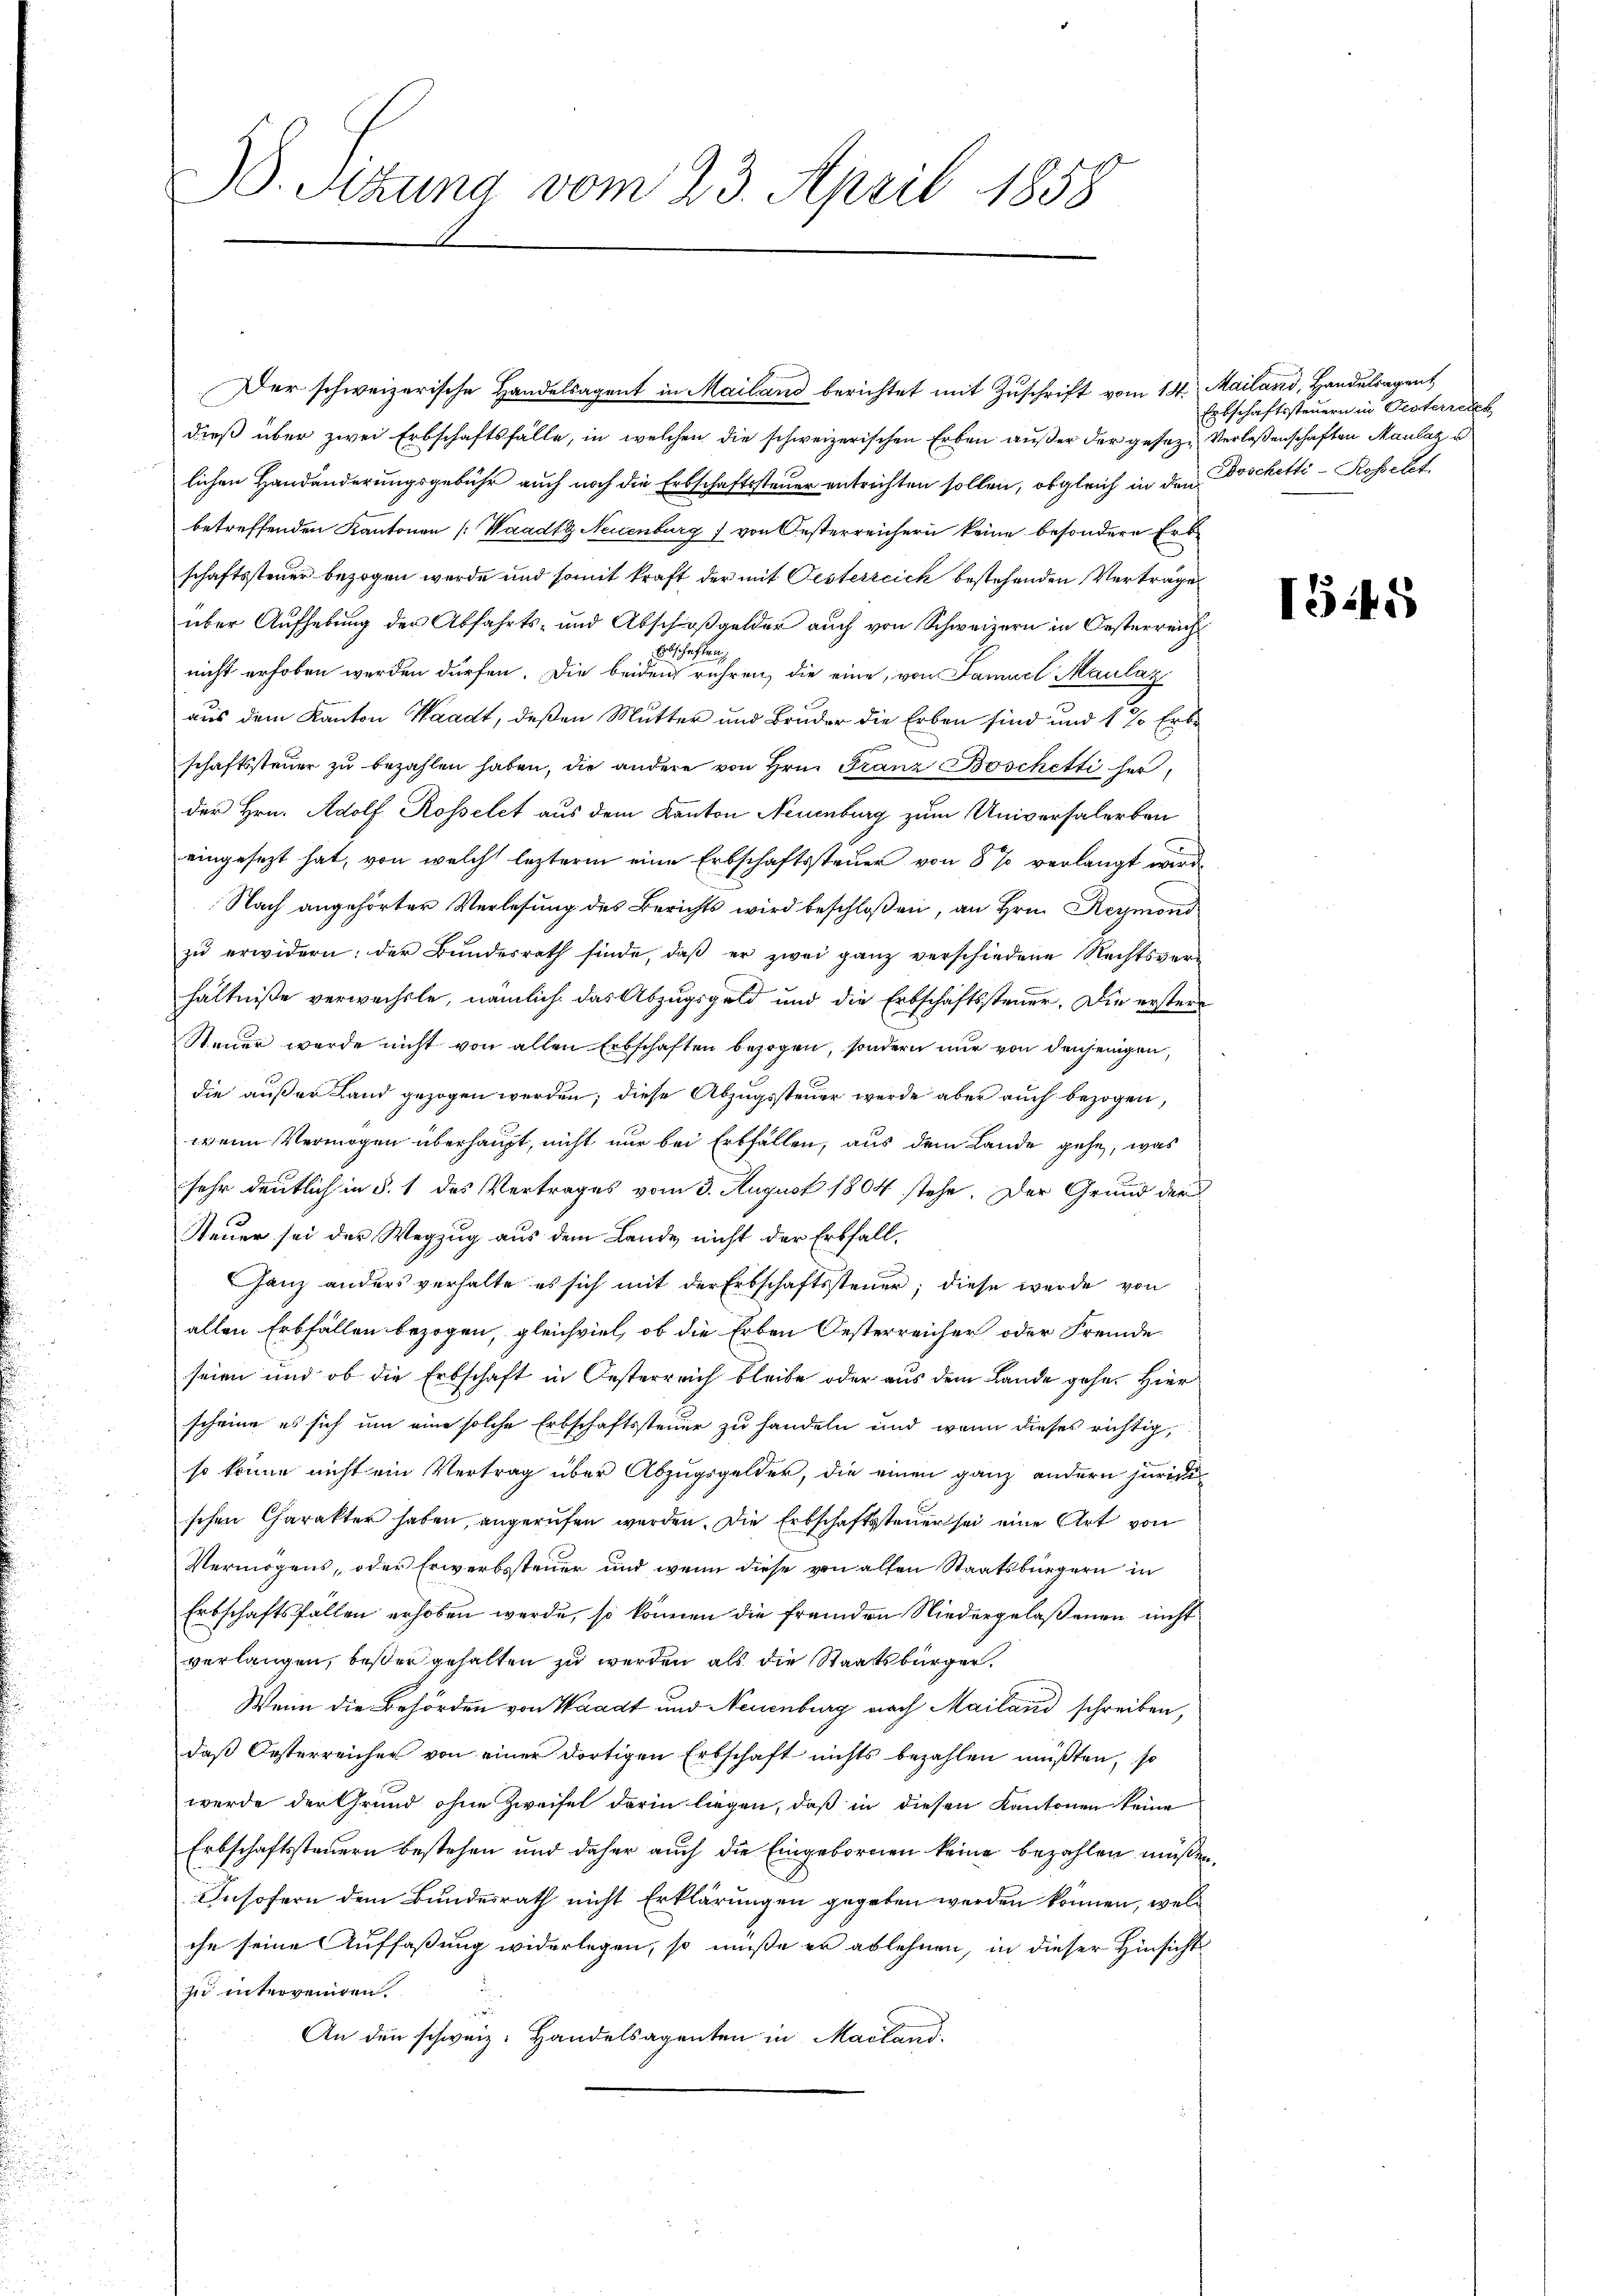
38. Sitzung vom 23. April 1858

Der schweizerische Handelsagent in Mailand berichtet mit Zuschrift vom 14. Mailand, Handelsagent
dieß über zwei Erbschaftsfälle, in welchen die schweizerischen Erben außer der geseze Verlassenschaften Maulaz u
lichen Handänderungsgebühr auch noch die Erbschaftssteuer entrichten sollen, obgleich in den Doschetti - Rosselt.
betreffenden Kantonen (Waadt Neuenburg 7 von Oesterreichern keine besondere Erbschaftssteuer bezogen werde und somit kraft der mit Oesterreich bestehenden Vertrage
über Aufhebung der Abfahrts- und Abschloßgelder auch von Schweizern in Oesterreich
nicht erhoben werden dürfen. Die beiden ruhen, die eine, von Samuel Maulaz
aus dem Kanton Waadt, deßen Mutter und Bruder die Erben sind und 1 % Erbe
schaftssteuer zu bezahlen haben, die andere von Hrn. Franz Boschetti fer
der Hrn. Adolf Rosselet aus dem Kanton Neuenburg zum Universalerben
eingesezt hat, von welch lezterm eine Erbschaftssteuer von 8 % verlangt werde
Nach angehörter Verlesung des Berichts wird beschloßen, an Hrn. Reymond
zŭ erwidern: der Bŭndesrath finde, daβ er zwei ganz verschiedene Rechtsver-
hältniße verwechste, nämlich das Abzugsgeld und die Erbschaftssteuer. Die erstere
Steuer werde nicht von allen Erbschaften bezogen, sondern nur von denjenigen,
die außer Land gezogen werden; diese Abzugssteuer werde aber auch bezogen,
wenn Vermögen überhaupt, nicht nur bei Erbfällen, aus dem Lande gehe, was
sehr deutlich in §. 1 des Vertrages vom 3. August 1804 stehe. Der Grund der
Steuer sei der Wegzug aus dem Lande nicht der Erbfall-

Ganz anders verhalte es sich mit der Erbschaftssteuer, diese werde von
allen Erbfällen bezogen, gleichviel, ob die Erben Oesterreicher oder Fremde
seien und ob die Erbschaft in Oesterreich bleibe oder aus dem Lande gehe. Hier
scheine es sich um eine solche Erbschaftssteuer zu handeln und wenn dieses richtig,
so könne nicht ein Vertrag über Abzugsgelder, die einen ganz andern juridi
schen Charakter haben, angerufen werden. Die Erbschaftssteuer sei eine Art von
Vermögens, oder Erwerbssteuer und wenn diese von allen Staatsbürgern in
Erbschaftsfällen erhoben werde, so können die fremden Niedergelaßenen nicht
verlangen, besser gehalten zu werden als die Staatsbürger,
Wenn die Behörden von Waadt und Neuenburg nach Mailand schreiben,
daß Oesterreicher von einer dortigen Erbschaft nichts bezahlen müßten, so
werde der Grund ohne Zweifel darin liegen, daß in diesen Kantonen keine
Erbschaftssteuern bestehen und daher auch die Eingebornen keine bezahlen müßen,
Insofern dem Bundesrath nicht Erklärungen gegeben werden können, welc
che seine Auffaßung widerlegen, so müße er ablehnen, in dieser Hinsicht
zu interveniren.
An den schweiz. Handelsagenten in Mailand

Erbschaftssteuern in Gesterreich

1545